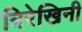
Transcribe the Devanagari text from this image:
त्रिरेखिनी